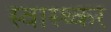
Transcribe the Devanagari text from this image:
स्वास्थ्कर